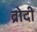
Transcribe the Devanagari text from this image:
ब्रोदी